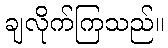
ချလိုက်ကြသည်။